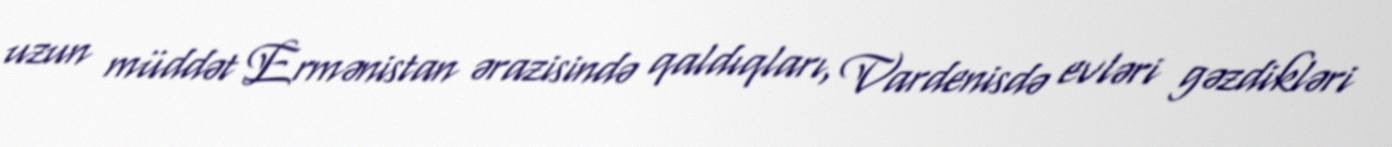
uzun müddət Ermənistan ərazisində qaldıqları, Vardenisdə evləri gəzdikləri